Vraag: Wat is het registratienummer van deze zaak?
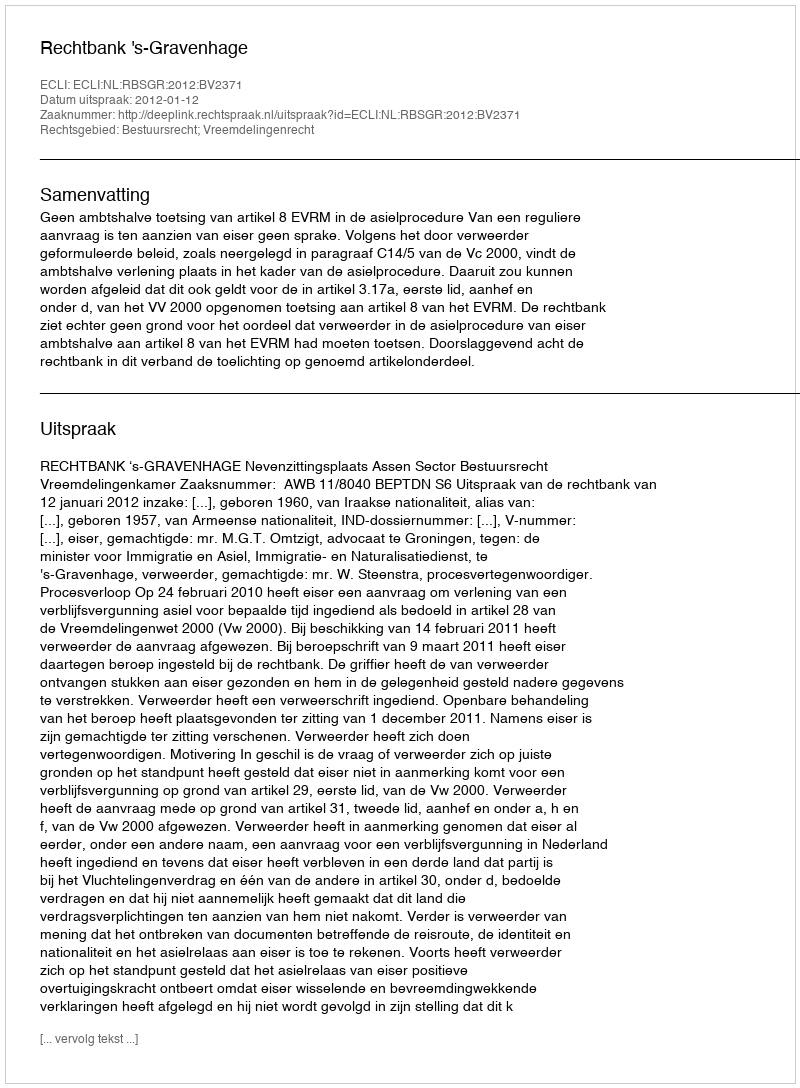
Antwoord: http://deeplink.rechtspraak.nl/uitspraak?id=ECLI:NL:RBSGR:2012:BV2371